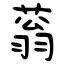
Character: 蓊